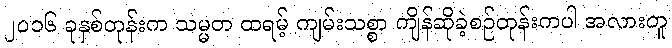
၂၀၁၆ ခုနှစ်တုန်းက သမ္မတ ထရမ့် ကျမ်းသစ္စာ ကျိန်ဆိုခဲ့စဉ်တုန်းကပါ အလားတူ